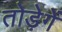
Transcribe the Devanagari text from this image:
तोड़ेगें